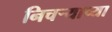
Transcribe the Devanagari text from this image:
निचर्‍याच्या